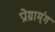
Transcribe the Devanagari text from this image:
प्रोग्राम्ंग